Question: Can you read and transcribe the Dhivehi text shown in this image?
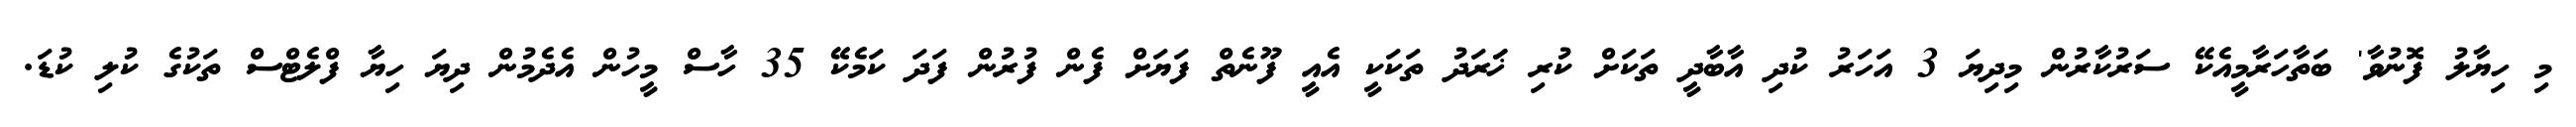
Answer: މި ހިޔާލު ފޮނުވާ' ބަތާހަރާމީއެކޭ ސަރުކާރުން މިދިޔަ 3 އަހަރު ކުދި އާބާދީ ތަކަށް ކުރި ޚަަރަދު ތަކަކީ އެއީ ފޫނެތް ފަޔަށް ފެން ފުރުން ފަދަ ކަމެކޭ 35 ހާސް މީހުން އެދެމުން ދިޔަ ހިޔާ ފްލެޓްސް ތަކުގެ ކުލި ކުޑަ.